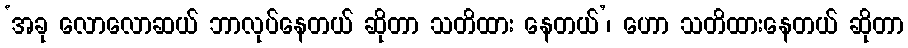
‘အခု လောလောဆယ် ဘာလုပ်နေတယ် ဆိုတာ သတိထား နေတယ်’၊ ဟော သတိထားနေတယ် ဆိုတာ